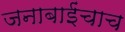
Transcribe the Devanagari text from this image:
जनाबाईंचाच